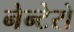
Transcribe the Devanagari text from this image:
नेन्टेरो